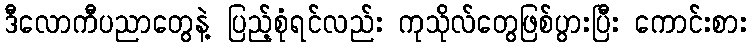
ဒီလောကီပညာတွေနဲ့ ပြည့်စုံရင်လည်း ကုသိုလ်တွေဖြစ်ပွားပြီး ကောင်းစား